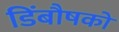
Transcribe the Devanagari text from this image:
डिंबौषकों